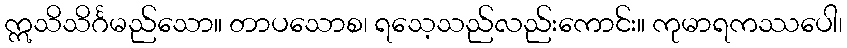
ဣသိသိင်္ဂမည်သော။ တာပသောစ၊ ရသေ့သည်လည်းကောင်း။ ကုမာရကဿပေါ၊